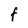
Character: F